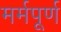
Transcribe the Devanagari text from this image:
मर्मपूर्ण